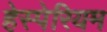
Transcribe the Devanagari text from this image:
हेस्पेरियम